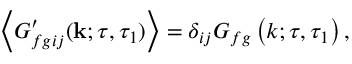
\left\langle G _ { f g i j } ^ { \prime } ( \mathbf { k } ; \tau , \tau _ { 1 } ) \right\rangle = \delta _ { i j } G _ { f g } \left( k ; \tau , \tau _ { 1 } \right) ,